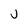
Character: u